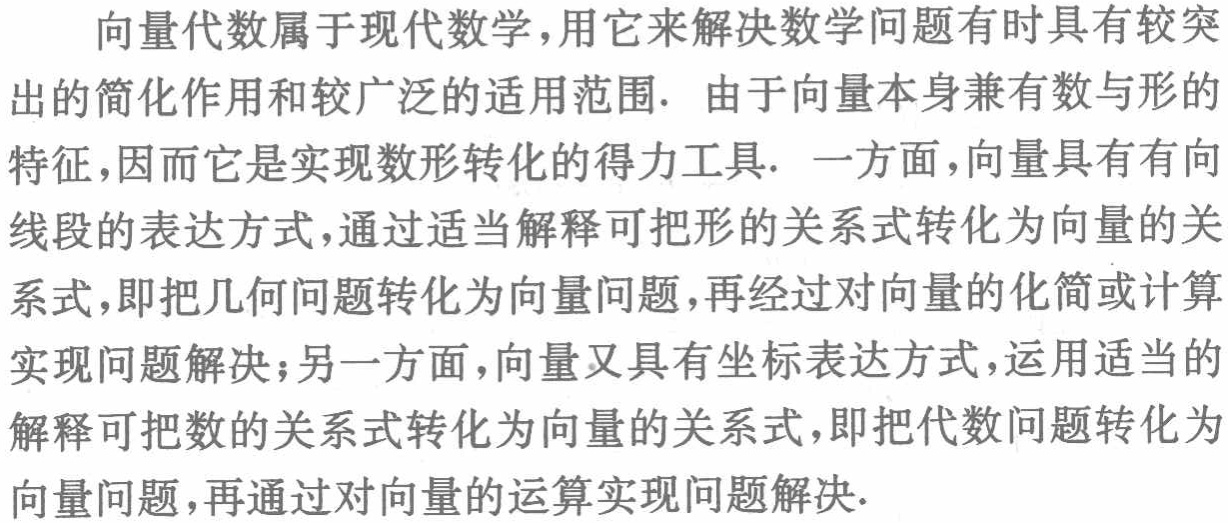
向量代数属于现代数学，用它来解决数学问题有时具有较突出的简化作用和较广泛的适用范围. 由于向量本身兼有数与形的特征，因而它是实现数形转化的得力工具. 一方面，向量具有有向线段的表达方式，通过适当解释可把形的关系式转化为向量的关系式，即把几何问题转化为向量问题，再经过对向量的化简或计算实现问题解决；另一方面，向量又具有坐标表达方式，运用适当的解释可把数的关系式转化为向量的关系式，即把代数问题转化为向量问题，再通过对向量的运算实现问题解决.